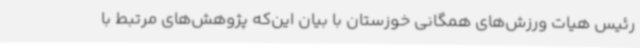
رئیس هیات ورزش‌های همگانی خوزستان با بیان این‌که پژوهش‌های مرتبط با